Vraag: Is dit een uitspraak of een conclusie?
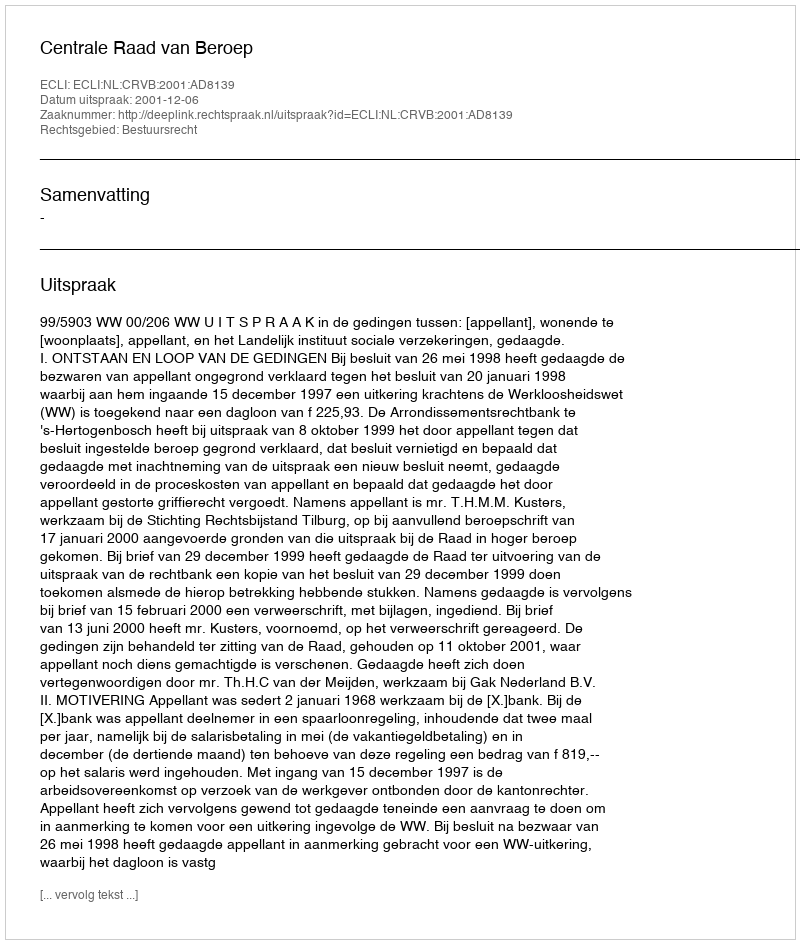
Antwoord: Uitspraak